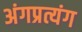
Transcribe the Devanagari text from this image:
अंगप्रत्यंग